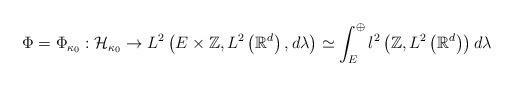
LaTeX: \begin{align*}\Phi=\Phi_{\kappa_{0}}:\mathcal{H}_{\kappa_{0}}\rightarrow L^{2}\left(E\times\mathbb{Z},L^{2}\left(\mathbb{R}^{d}\right) ,d\lambda\right) \simeq\int_{E}^{\oplus}l^{2}\left(\mathbb{Z},L^{2}\left(\mathbb{R}^{d}\right) \right) d\lambda\end{align*}